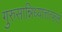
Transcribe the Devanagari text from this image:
गुरुसान्निध्यात्तत्फलं